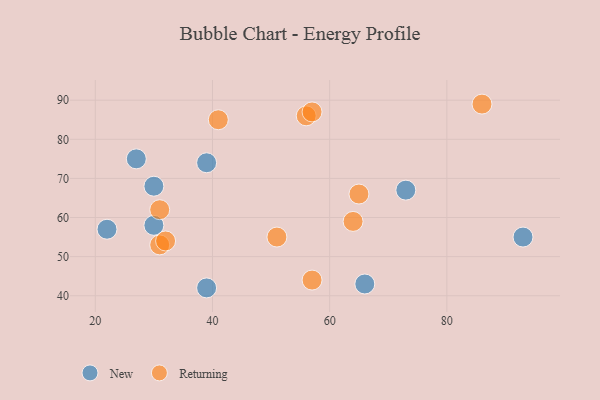
{"axis": {"x": "GDP", "y": "Life Expectancy"}, "legend": ["New", "Returning"], "data": [{"x": "30", "y": 68, "type": "New"}, {"x": "39", "y": 74, "type": "New"}, {"x": "66", "y": 43, "type": "New"}, {"x": "39", "y": 42, "type": "New"}, {"x": "73", "y": 67, "type": "New"}, {"x": "30", "y": 58, "type": "New"}, {"x": "22", "y": 57, "type": "New"}, {"x": "27", "y": 75, "type": "New"}, {"x": "93", "y": 55, "type": "New"}, {"x": "31", "y": 62, "type": "Returning"}, {"x": "57", "y": 44, "type": "Returning"}, {"x": "86", "y": 89, "type": "Returning"}, {"x": "41", "y": 85, "type": "Returning"}, {"x": "51", "y": 55, "type": "Returning"}, {"x": "31", "y": 53, "type": "Returning"}, {"x": "65", "y": 66, "type": "Returning"}, {"x": "56", "y": 86, "type": "Returning"}, {"x": "32", "y": 54, "type": "Returning"}, {"x": "57", "y": 87, "type": "Returning"}, {"x": "64", "y": 59, "type": "Returning"}]}